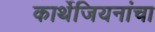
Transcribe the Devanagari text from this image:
कार्थेजियनांचा